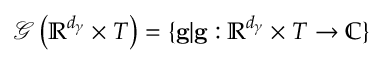
\mathcal { G } \left( \mathbb { R } ^ { d _ { \gamma } } \times T \right) = \{ \mathbf { g } \vert \mathbf { g } : \mathbb { R } ^ { d _ { \gamma } } \times T \rightarrow \mathbb { C } \}